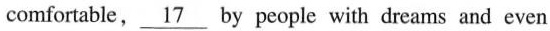
comfortable,\underline{17} by people with dreams and even